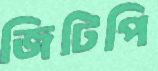
জিটিপি